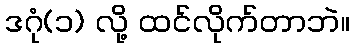
ဒဂုံ(၁) လို့ ထင်လိုက်တာဘဲ။